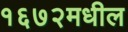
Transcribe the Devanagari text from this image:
१६७२मधील